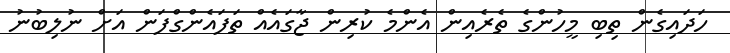
ހަދައިގެން ތިބި މީހުންގެ ތެރެއިން އެންމެ ކުރިން ޖާގައެއް ތަފައެންގްފަން އަށް ނުލިބުނު